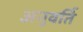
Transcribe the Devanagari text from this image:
अनुवर्ति